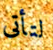
لتأتى